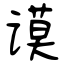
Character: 谟